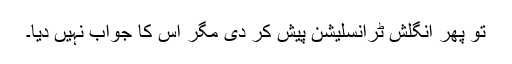
تو پھر انگلش ٹرانسلیشن پیش کر دی مگر اس کا جواب نہیں دیا۔